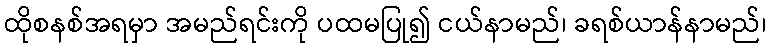
ထိုစနစ်အရမှာ အမည်ရင်းကို ပထမပြု၍ ငယ်နာမည်၊ ခရစ်ယာန်နာမည်၊